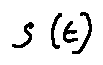
s ( t )